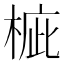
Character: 𣓄